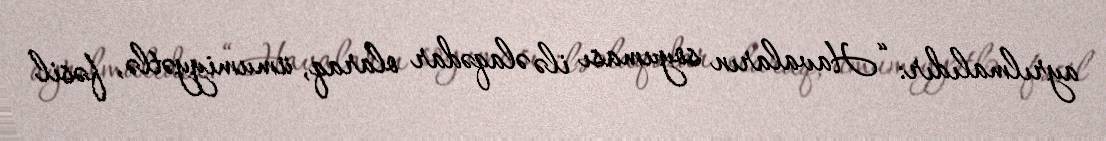
ayrılmalıdır: “Havaların soyuması ilə əlaqədar olaraq, ümumiyyətlə, fəsil